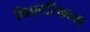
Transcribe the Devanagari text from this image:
थिएटरिकल्स